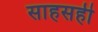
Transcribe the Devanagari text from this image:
साहसही